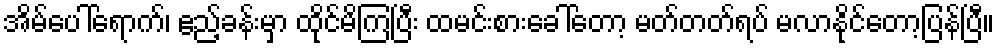
အိမ်ပေါ်ရောက်၊ ဧည့်ခန်းမှာ ထိုင်မိကြပြီး ထမင်းစားခေါ်တော့ မတ်တတ်ရပ် မလာနိုင်တော့ပြန်ပြီ။